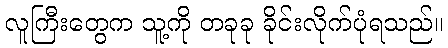
လူကြီးတွေက သူ့ကို တခုခု ခိုင်းလိုက်ပုံရသည်။